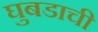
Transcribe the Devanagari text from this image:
घुबडाची